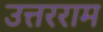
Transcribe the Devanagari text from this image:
उत्तरराम